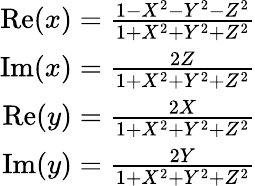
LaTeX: \begin{array}{r}{\mathrm{Re}(x)=\frac{1-X^{2}-Y^{2}-Z^{2}}{1+X^{2}+Y^{2}+Z^{2}}}\\ {\mathrm{Im}(x)=\frac{2Z}{1+X^{2}+Y^{2}+Z^{2}}}\\ {\mathrm{Re}(y)=\frac{2X}{1+X^{2}+Y^{2}+Z^{2}}}\\ {\mathrm{Im}(y)=\frac{2Y}{1+X^{2}+Y^{2}+Z^{2}}}\end{array}